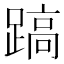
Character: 𨃤